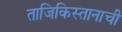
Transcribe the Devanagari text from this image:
ताजिकिस्तानाची